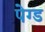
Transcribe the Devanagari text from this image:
पेग्ड